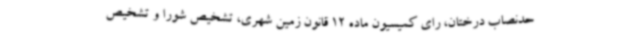
حدنصاب درختان، رای کمیسیون ماده 12 قانون زمین شهری، تشخیص شورا و تشخیص